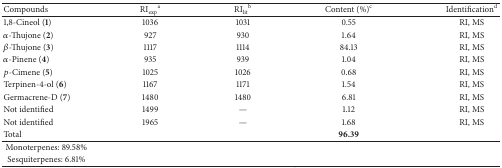
| Compounds | RIexp⁡a | RIlitb | Content (%)c | Identificationd |
 | --- | --- | --- | --- | --- |
 | 1,8-Cineol (1) | 1036 | 1031 | 0.55 | RI, MS |
 | α-Thujone (2) | 927 | 930 | 1.64 | RI, MS |
 | β-Thujone (3) | 1117 | 1114 | 84.13 | RI, MS |
 | α-Pinene (4) | 935 | 939 | 1.04 | RI, MS |
 | p-Cimene (5) | 1025 | 1026 | 0.68 | RI, MS |
 | Terpinen-4-ol (6) | 1167 | 1171 | 1.54 | RI, MS |
 | Germacrene-D (7) | 1480 | 1480 | 6.81 | RI, MS |
 | Not identified | 1499 | — | 1.12 | RI, MS |
 | Not identified | 1965 | — | 1.68 | RI, MS |
 | Total |  |  | 96.39 |  |
 | <COLSPAN=5> Monoterpenes: 89.58% |
 | <COLSPAN=5> Sesquiterpenes: 6.81% |